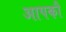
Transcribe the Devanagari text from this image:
आपकौ